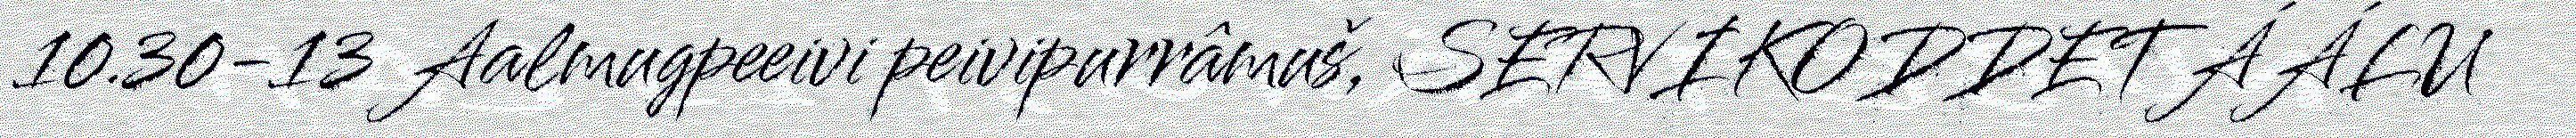
10.30-13 Aalmugpeeivi peivipurrâmuš, SERVIKODDETÁÁLU